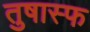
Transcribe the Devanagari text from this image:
तुषास्फ